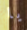
يا